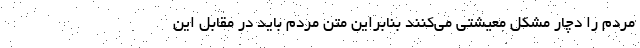
مردم را دچار مشکل معیشتی می‌کنند بنابراین متن مردم باید در مقابل این